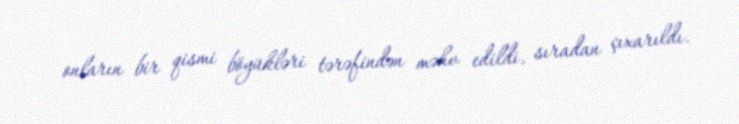
onların bir qismi böyükləri tərəfindən məhv edildi, sıradan çıxarıldı.